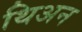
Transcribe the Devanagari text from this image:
थिअन